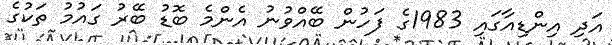
އަދި އިންޑިއާގައި 1983ގެ ފަހުން ބޭއްވުނު އެންމެ ބޮޑު ބޭރު ގައުމު ތަކުގެ